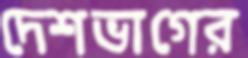
দেশভাগের